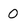
Character: 0